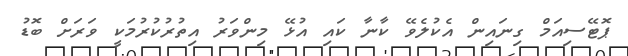
ޕޮޓޭސިއަމް ގިނައިން އެކުލެވޭ ކާނާ ކައި އުޅޭ މިންވަރު އިތުރުކުރުމަކީ ވަރަށް ބޮޑު